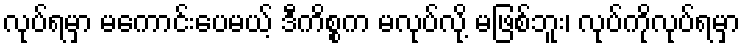
လုပ်ရမှာ မကောင်းပေမယ့် ဒီကိစ္စက မလုပ်လို့ မဖြစ်ဘူး၊ လုပ်ကိုလုပ်ရမှာ